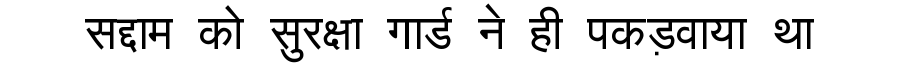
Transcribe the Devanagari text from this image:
सद्दाम को सुरक्षा गार्ड ने ही पकड़वाया था